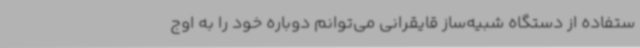
ستفاده از دستگاه شبیه‌ساز قایقرانی می‌توانم دوباره خود را به اوج